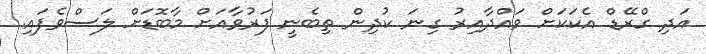
އަދި ގްރޭޑް އެކަކަށް ވައްދާއިރު ގިނަ ކުދިން ތިބެނީ ފަރުވާއަށް މާބޮޑަށް ލަސްވެފައި.